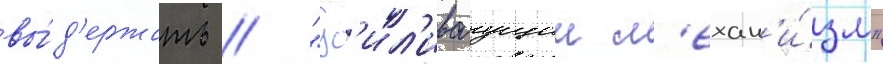
вы́д'ержать // "ус'ил'иваущии м'ехан'и́зм"